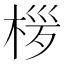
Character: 㭮